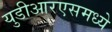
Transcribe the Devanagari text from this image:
युडीआरएसमध्ये